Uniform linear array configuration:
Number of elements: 12
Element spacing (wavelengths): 1
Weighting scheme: hamming
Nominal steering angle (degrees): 15
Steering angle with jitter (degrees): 16.26
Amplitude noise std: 0.05
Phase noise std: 0.05

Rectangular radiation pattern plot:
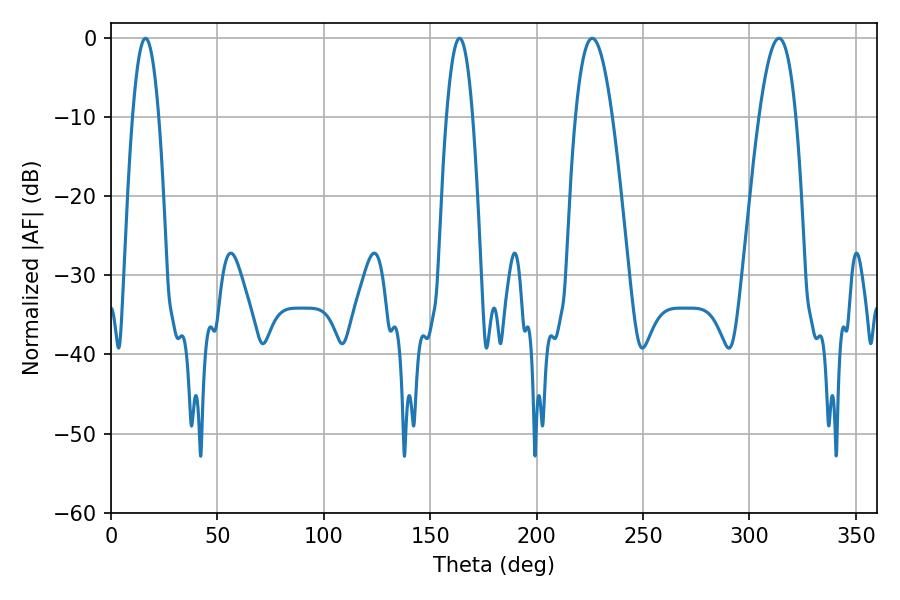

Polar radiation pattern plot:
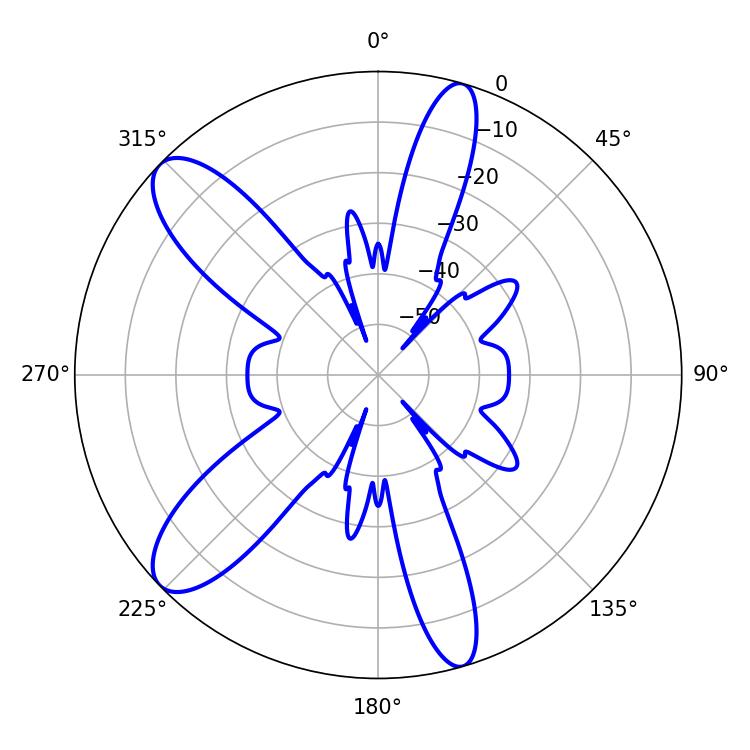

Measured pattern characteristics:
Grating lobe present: TRUE
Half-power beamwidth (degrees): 6.84
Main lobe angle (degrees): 16.2